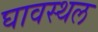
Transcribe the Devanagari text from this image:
घावस्थल